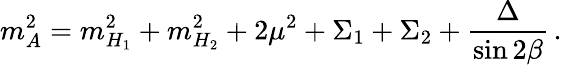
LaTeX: m_{A}^{2}=m_{H_{1}}^{2}+m_{H_{2}}^{2}+2\mu^{2}+\Sigma_{1}+\Sigma_{2}+\frac{\Delta}{\sin 2\beta}\, .